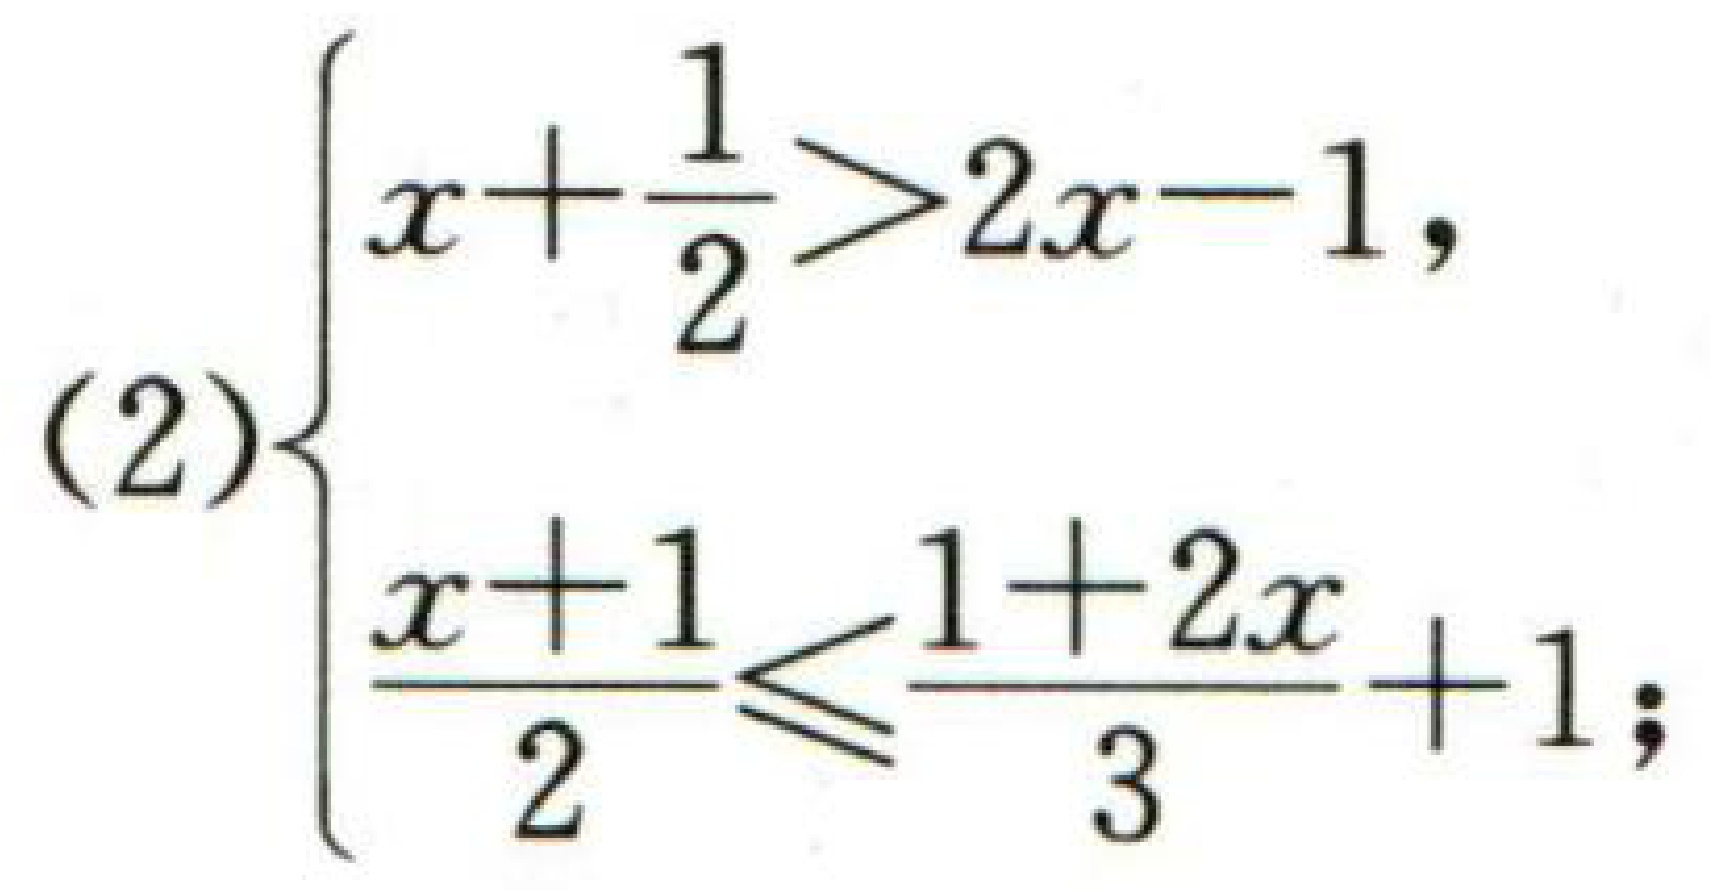
(2)$\begin{cases}

x+\frac{1}{2}>2x - 1,\\

\frac{x + 1}{2}\leq\frac{1 + 2x}{3}+1;

\end{cases}$